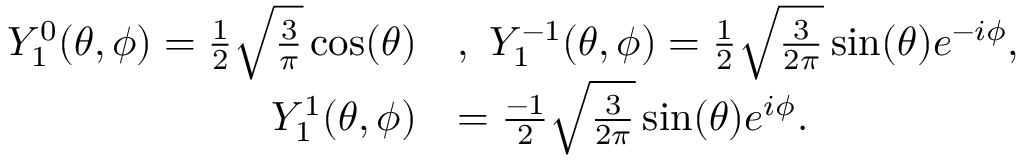
\begin{array} { r l } { Y _ { 1 } ^ { 0 } ( \theta , \phi ) = \frac 1 2 \sqrt { \frac { 3 } { \pi } } \cos ( \theta ) } & { , \ Y _ { 1 } ^ { - 1 } ( \theta , \phi ) = \frac 1 2 \sqrt { \frac { 3 } { 2 \pi } } \sin ( \theta ) e ^ { - i \phi } , } \\ { \ Y _ { 1 } ^ { 1 } ( \theta , \phi ) } & { = \frac { - 1 } { 2 } \sqrt { \frac { 3 } { 2 \pi } } \sin ( \theta ) e ^ { i \phi } . } \end{array}